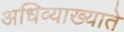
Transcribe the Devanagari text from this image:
अधिव्याख्याते